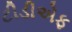
ટીડીએફ